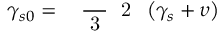
\gamma _ { s 0 } = \mathrm { ~ \small ~ \displaystyle ~ \frac ~ { ~ 3 ~ } ~ { ~ 2 ~ } ~ } \left( \gamma _ { s } + \upsilon \right)